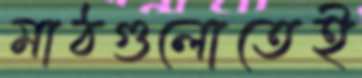
মাঠগুলোতেই